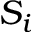
S _ { i }